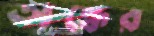
অন্ধের